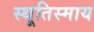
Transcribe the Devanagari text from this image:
स्थूतिस्माय